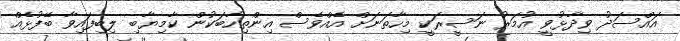
އައްސަދު ވިދާޅުވީ އުމަރު ނަސީރަކީ މިހާތަނަށް އެއްވެސް އިންތިހާބަކުން ކާމިޔާބި ލިބިފައިވާ ބޭފުޅެއް